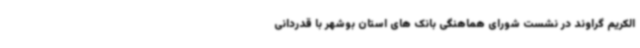
الکریم گراوند در نشست شورای هماهنگی بانک های استان بوشهر با قدردانی